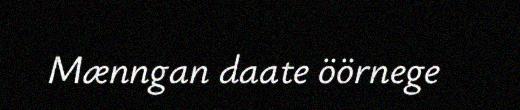
Mænngan daate öörnege